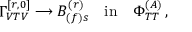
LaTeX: \Gamma _ { V T V } ^ { [ r , 0 ] } \longrightarrow B _ { ( f ) s } ^ { ( r ) } \quad \mathrm { { i n } } \quad \Phi _ { T T } ^ { ( A ) } \, ,